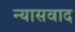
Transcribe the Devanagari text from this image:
न्यासवाद